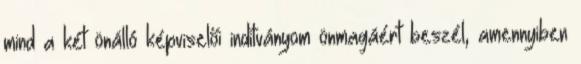
mind a két önálló képviselői inditványom önmagáért beszél, amennyiben